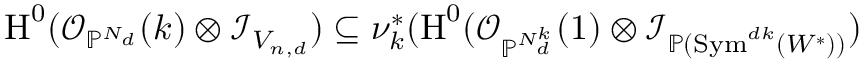
\operatorname { H } ^ { 0 } ( \mathcal { O } _ { \mathbb { P } ^ { N _ { d } } } ( k ) \otimes \mathcal { I } _ { V _ { n , d } } ) \subseteq \nu _ { k } ^ { * } ( \operatorname { H } ^ { 0 } ( \mathcal { O } _ { \mathbb { P } ^ { N _ { d } ^ { k } } } ( 1 ) \otimes \mathcal { I } _ { \mathbb { P } ( \operatorname { S y m } ^ { d k } ( W ^ { \ast } ) ) } )